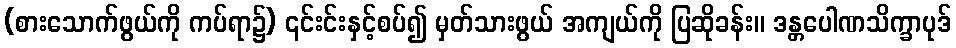
(စားသောက်ဖွယ်ကို ကပ်ရာ၌) ၎င်းင်းနှင့်စပ်၍ မှတ်သားဖွယ် အကျယ်ကို ပြဆိုခန်း။ ဒန္တပေါဏသိက္ခာပုဒ်